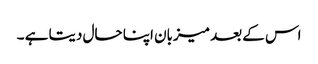
اس کے بعد میزبان اپنا حال دیتا ہے ۔